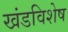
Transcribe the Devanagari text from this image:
खंडविशेष